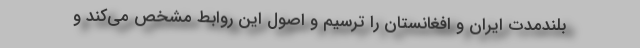
بلندمدت ایران و افغانستان را ترسیم و اصول این روابط مشخص می‌کند و